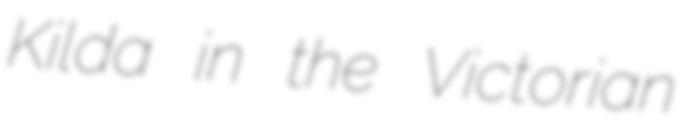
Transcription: Kilda in the Victorian